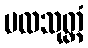
မလသုတ္တံ